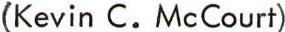
(Kevin C. McCourt)